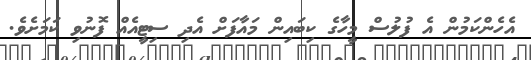
އެހެންކަމުން އެ ފުލުސް މީހާގެ ކިބައިން މައާފަށް އެދި ސިޓީއެއް ފޮނުވި ކަމަށެވެ.